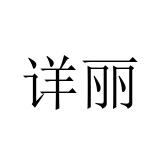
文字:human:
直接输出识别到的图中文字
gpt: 详丽